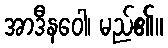
အာဒီနဝေါ၊ မည်၏။